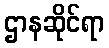
ဌာနဆိုင်ရာ